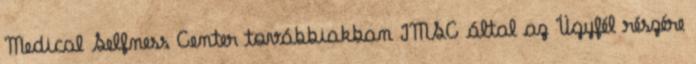
Medical Selfness Center továbbiakban IMSC által az Ügyfél részére